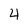
Character: 4